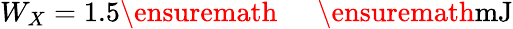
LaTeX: W_{X}=1.5\ensuremath{\mathrm{~\textrm~{~\, ~}~}}\ensuremath{\mathrm{mJ}}